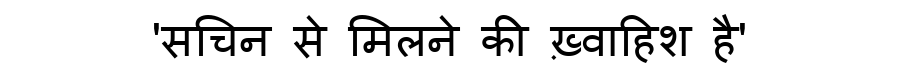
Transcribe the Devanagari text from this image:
'सचिन से मिलने की ख़्वाहिश है'